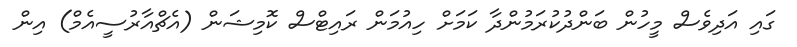
ގައި އަދިވެސް މީހުން ބަންދުކުރަމުންދާ ކަމަށް ހިއުމަން ރައިޓްސް ކޮމިޝަން (އެޗްއާރުސީއެމް) އިން